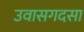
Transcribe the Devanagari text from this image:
उवासगदसा